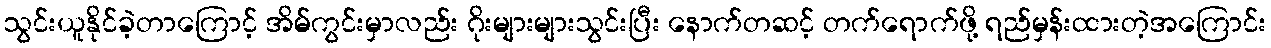
သွင်းယူနိုင်ခဲ့တာကြောင့် အိမ်ကွင်းမှာလည်း ဂိုးများများသွင်းပြီး နောက်တဆင့် တက်ရောက်ဖို့ ရည်မှန်းထားတဲ့အကြောင်း